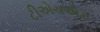
ટીએચએમ